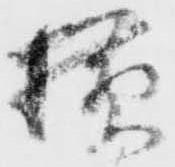
横